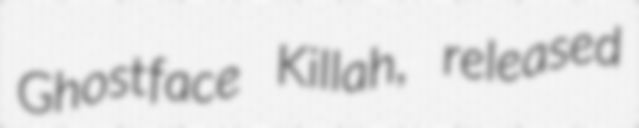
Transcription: Ghostface Killah, released